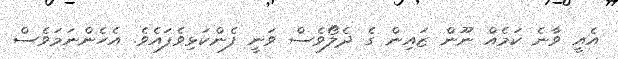
އެއީ ވާނެ ކަމެއް ނޫން ޒައިން ގެ ދެލޯވެސް ވަނީ ފެންކަޅިވެފައެވެ. އެހެންނަމަވެސް